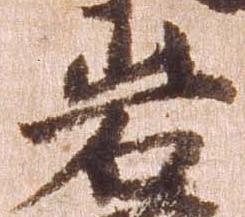
岩